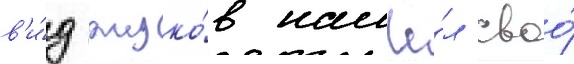
в'и́д жуко́в нашё́л своо́